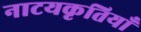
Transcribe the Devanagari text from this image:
नाटयकृतियाँ